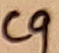
Text: C9